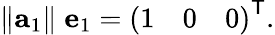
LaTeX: \left\| \mathbf{a}_{1}\right\| \; \mathbf{e}_{1}={\left(\begin{array}{lll}{1}&{0}&{0}\end{array}\right)}^{\textsf{T}}.